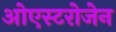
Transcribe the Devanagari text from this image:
ओएस्टरोजेन